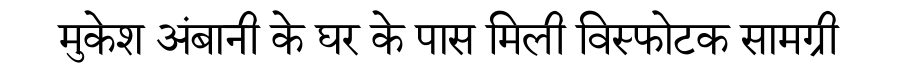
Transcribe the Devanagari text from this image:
मुकेश अंबानी के घर के पास मिली विस्फोटक सामग्री